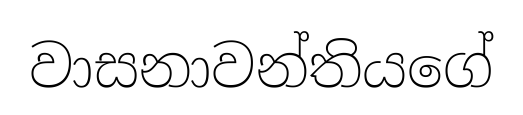
වාසනාවන්තියගේ